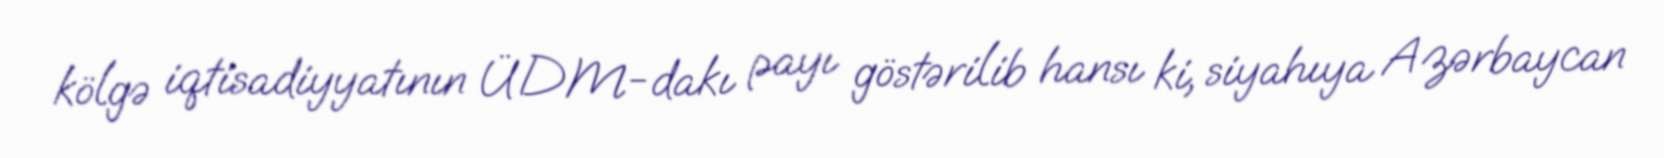
kölgə iqtisadiyyatının ÜDM-dakı payı göstərilib hansı ki, siyahıya Azərbaycan